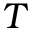
T